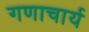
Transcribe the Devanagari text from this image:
गणाचार्य